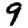
Digit: 9